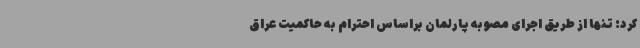
کرد: تنها از طریق اجرای مصوبه پارلمان براساس احترام به حاکمیت عراق